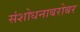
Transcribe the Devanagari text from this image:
संशोधनाबरोबर